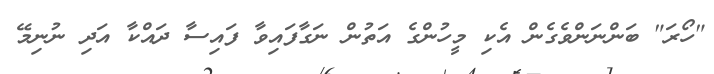
"ހޯރަ" ބަންނަންވެގެން އެކި މީހުންގެ އަތުން ނަގާފައިވާ ފައިސާ ދައްކާ އަދި ނުނިމޭ